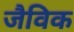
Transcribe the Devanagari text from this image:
जैविक